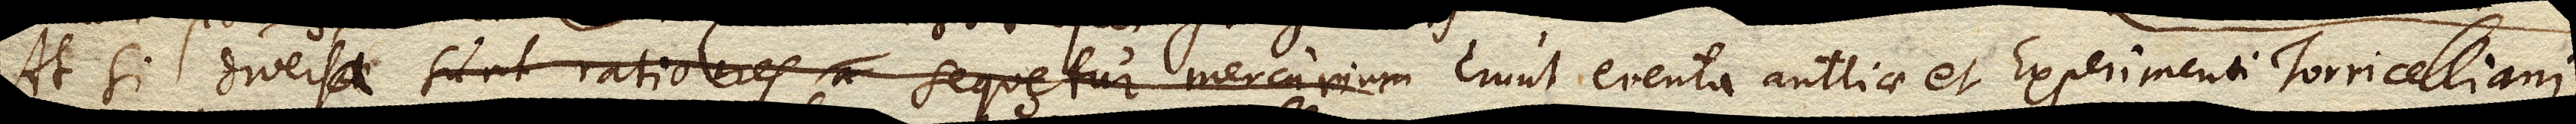
At si diversae sunt rationes sequetur Mercurium erunt eventa antliae et Experimenti Torricelliani